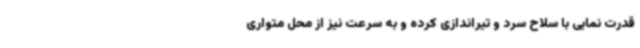
قدرت نمایی با سلاح سرد و تیراندازی کرده و به سرعت نیز از محل متواری